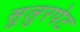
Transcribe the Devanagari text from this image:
सुलुरपेट